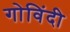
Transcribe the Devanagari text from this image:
गोविंदी